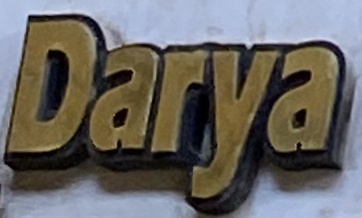
Darya